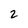
Character: 2